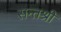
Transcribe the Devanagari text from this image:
सन्तश्री